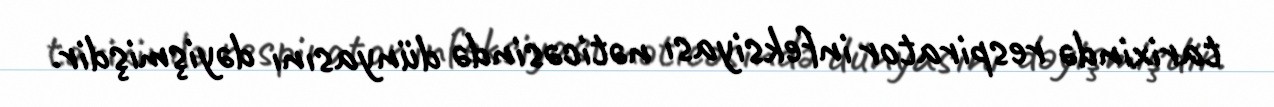
tarixində respirator infeksiyası nəticəsində dünyasını dəyişmişdir.